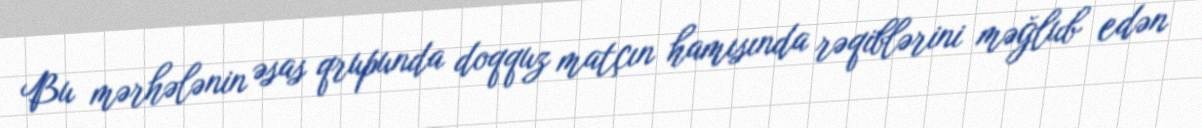
Bu mərhələnin əsas qrupunda doqquz matçın hamısında rəqiblərini məğlub edən